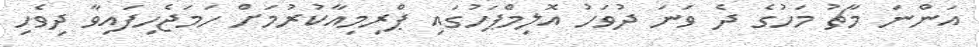
އަންނަ މާޗު މަހުގެ ދެ ވަނަ ދުވަހު އޮލިމްޕަހުގައި ޕްރިމިއާކުރުމަށް ހަމަޖެހިފައިވާ ދިވެހި